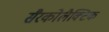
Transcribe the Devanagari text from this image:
सैरकोलैक्टिक